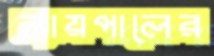
ন্যায়পালের